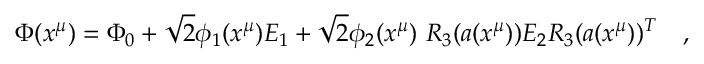
\Phi ( x ^ { \mu } ) = \Phi _ { 0 } + \sqrt { 2 } \phi _ { 1 } ( x ^ { \mu } ) E _ { 1 } + \sqrt { 2 } \phi _ { 2 } ( x ^ { \mu } ) ~ R _ { 3 } ( a ( x ^ { \mu } ) ) E _ { 2 } R _ { 3 } ( a ( x ^ { \mu } ) ) ^ { T } \quad ,